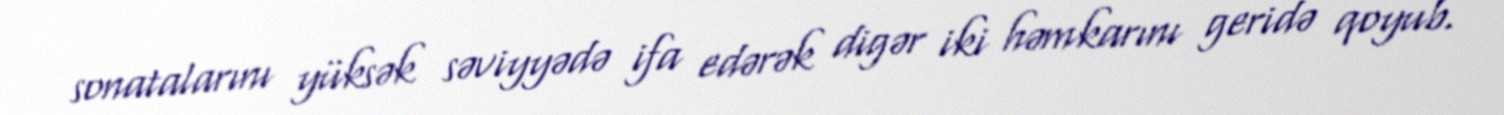
sonatalarını yüksək səviyyədə ifa edərək digər iki həmkarını geridə qoyub.